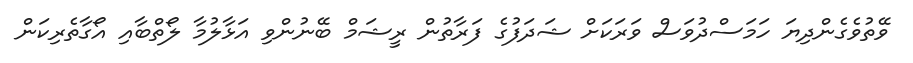
ވޭތުވެގެންދިޔަ ހަމަސްދުވަސް ވަރަކަށް ޝަދަފުގެ ފަރާތުން ރީޝަމް ބޭނުންވި އަޅާލުމާ ލޯތްބާއި އޯގާތެރިކަން